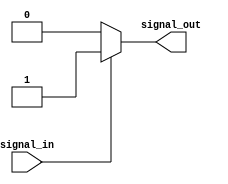
module active_high_buffer(
    input wire signal_in,
    output reg signal_out
);

always @ (signal_in) begin
    if (signal_in == 1'b1) begin
        signal_out <= 1'b1;
    end else begin
        signal_out <= 1'b0;
    end
end

endmodule